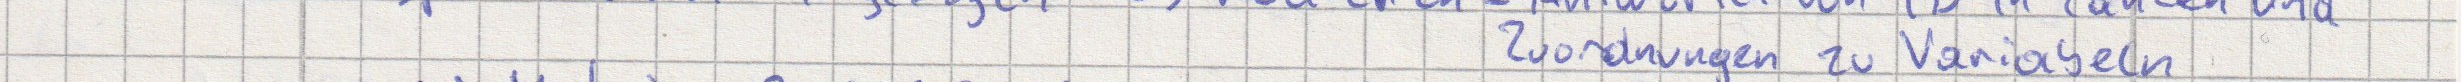
Zuordnung zu Variabeln